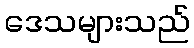
ဒေသများသည်